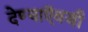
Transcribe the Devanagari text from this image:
देण्याऍवजी